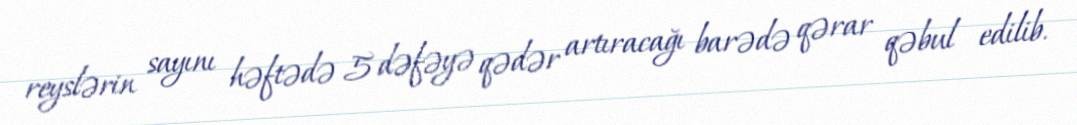
reyslərin sayını həftədə 5 dəfəyə qədər artıracağı barədə qərar qəbul edilib.